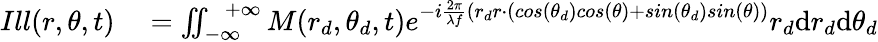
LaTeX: \begin{array}{rl}{Ill(r,\theta,t)}&{{}=\iint_{-\infty}^{\ \ \ +\infty}M(r_{d},\theta_{d},t)e^{-i\frac{2\pi}{\lambda f}(r_{d}r\cdot(cos(\theta_{d})cos(\theta)+sin(\theta_{d})sin(\theta))}r_{d}\mathrm{d}r_{d}\mathrm{d}\theta_{d}}\end{array}